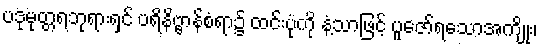
ပဒုမုတ္တရဘုရားရှင် ပရိနိဗ္ဗာန်စံရာ၌ ထင်းပုံကို နံ့သာဖြင့် ပူဇော်ရသောအကျိုး၊